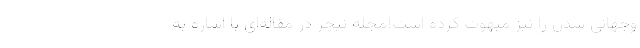
وجهاني شدن را نيز مبهوت کرده است!مجله نیچر در مقاله‌ای با اشاره به